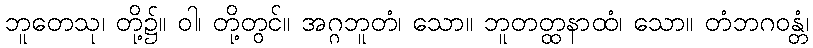
ဘူတေသု၊ တို့၌။ ဝါ၊ တို့တွင်။ အဂ္ဂဘူတံ၊ သော။ ဘူတတ္ထနာထံ၊ သော။ တံဘဂဝန္တံ၊